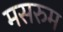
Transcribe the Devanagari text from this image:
मसरुम